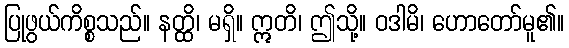
ပြုဖွယ်ကိစ္စသည်။ နတ္ထိ၊ မရှိ။ ဣတိ၊ ဤသို့။ ဝဒါမိ၊ ဟောတော်မူ၏။